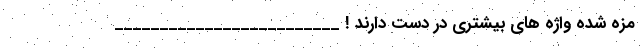
مزه شده واژه هاي‌ بیشتری در دست دارند ! _________________________